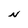
Character: N